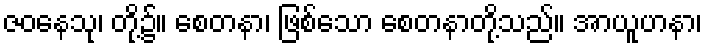
ဇဝနေသု၊ တို့၌။ စေတနာ၊ ဖြစ်သော စေတနာတို့သည်။ အာယူဟနာ၊